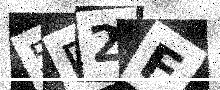
Text: 5D2F